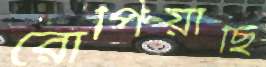
রোপিয়াছি